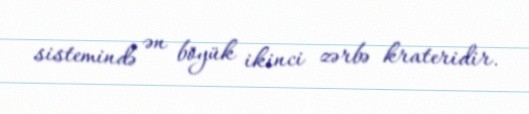
sistemində ən böyük ikinci zərbə krateridir.